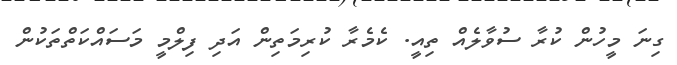
ގިނަ މީހުން ކުރާ ސުވާލެއް ތިއީ. ކެމެރާ ކުރިމަތިން އަދި ފިލްމީ މަސައްކަތްތަކުން